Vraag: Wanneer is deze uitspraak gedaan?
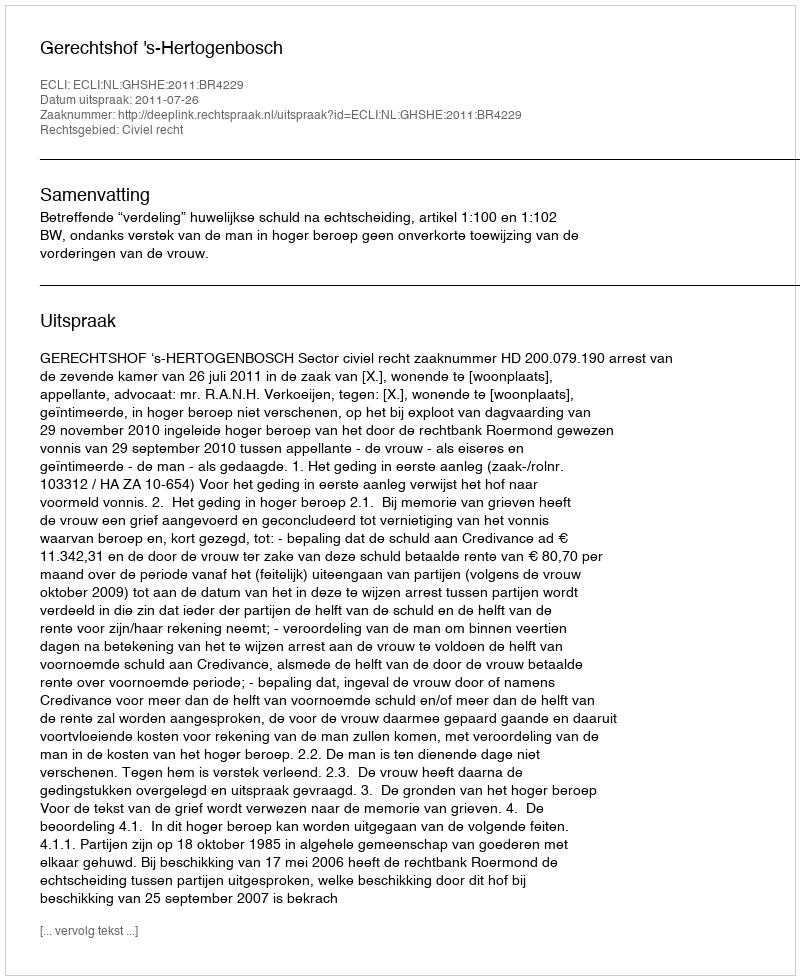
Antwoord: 2011-07-26